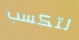
لتكسب